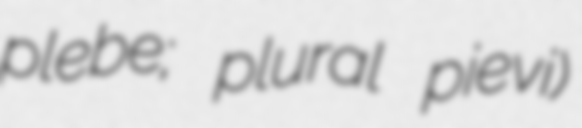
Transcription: plebe; plural pievi)